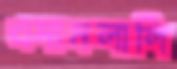
এসামলালি